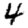
Digit: 4